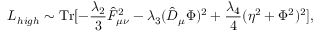
{ \cal L } _ { h i g h } \sim \mathrm { T r } [ - \frac { \lambda _ { 2 } } { 3 } \hat { F } _ { \mu \nu } ^ { 2 } - \lambda _ { 3 } ( \hat { D } _ { \mu } \Phi ) ^ { 2 } + \frac { \lambda _ { 4 } } { 4 } ( \eta ^ { 2 } + \Phi ^ { 2 } ) ^ { 2 } ] ,